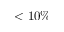
< 1 0 \%